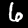
Label: 6